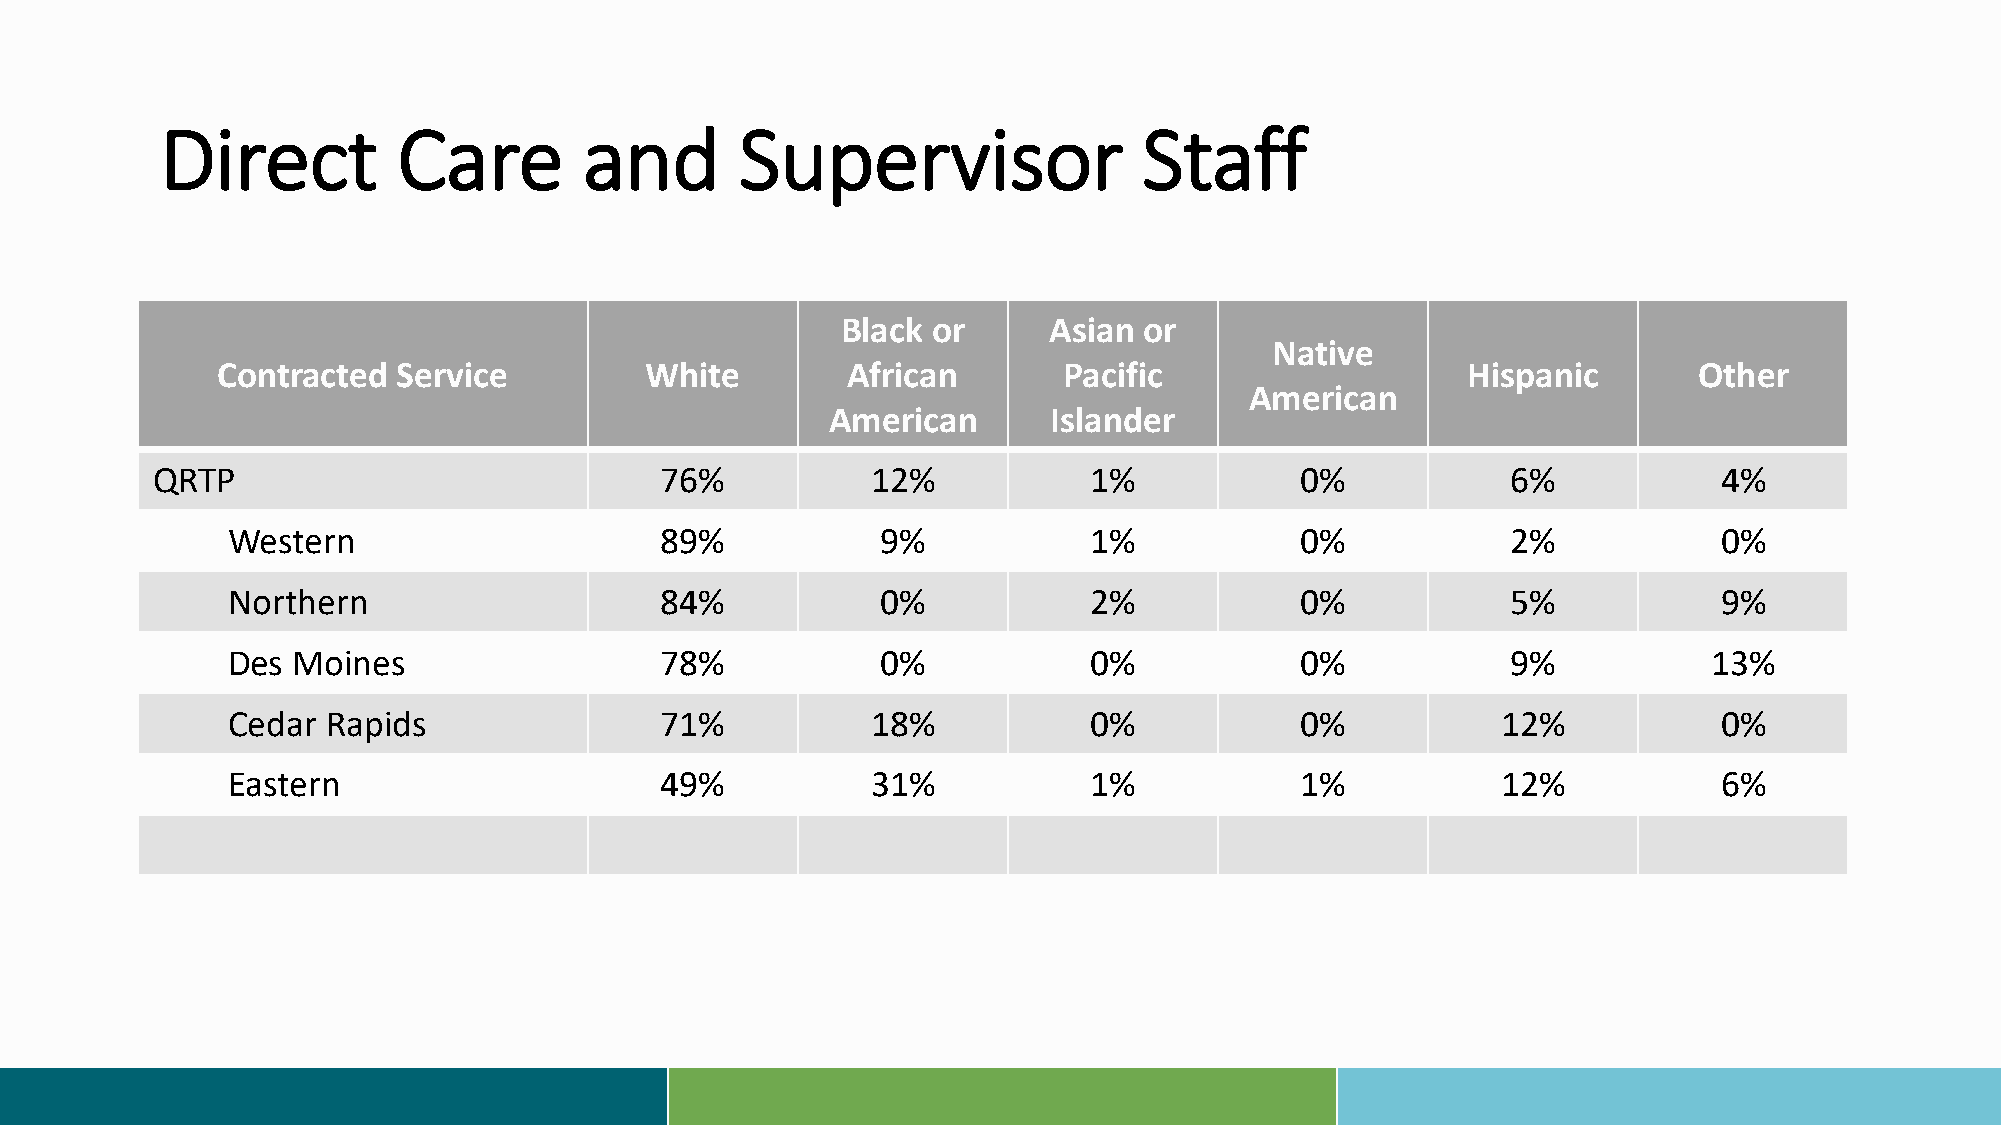
Direct         Care         and       Supervisor                 Staff
 Black or     Asian  or
 Native
 Contracted  Service          White        African       Pacific                    Hispanic       Other
 American
 American       Islander
 QRTP                              76%           12%           1%            0%            6%            4%
 Western                      89%           9%            1%            0%            2%            0%
 Northern                     84%           0%            2%            0%            5%            9%
 Des Moines                   78%           0%            0%            0%            9%           13%
 Cedar  Rapids                71%           18%           0%            0%           12%            0%
 Eastern                      49%           31%           1%            1%           12%            6%